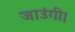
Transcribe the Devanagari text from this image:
जाउंगी।